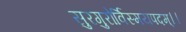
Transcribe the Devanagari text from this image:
सुरगुरोर्विस्मयपदम्।।